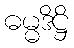
ဓမ္မဒိဋ္ဌိ